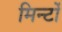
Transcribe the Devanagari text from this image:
मिन्टों